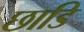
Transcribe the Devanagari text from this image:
छाडि